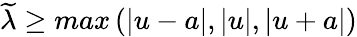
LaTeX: \widetilde{\lambda}\geq max\left(\left|u-a\right|,\left|u\right|,\left|u+a\right|\right)